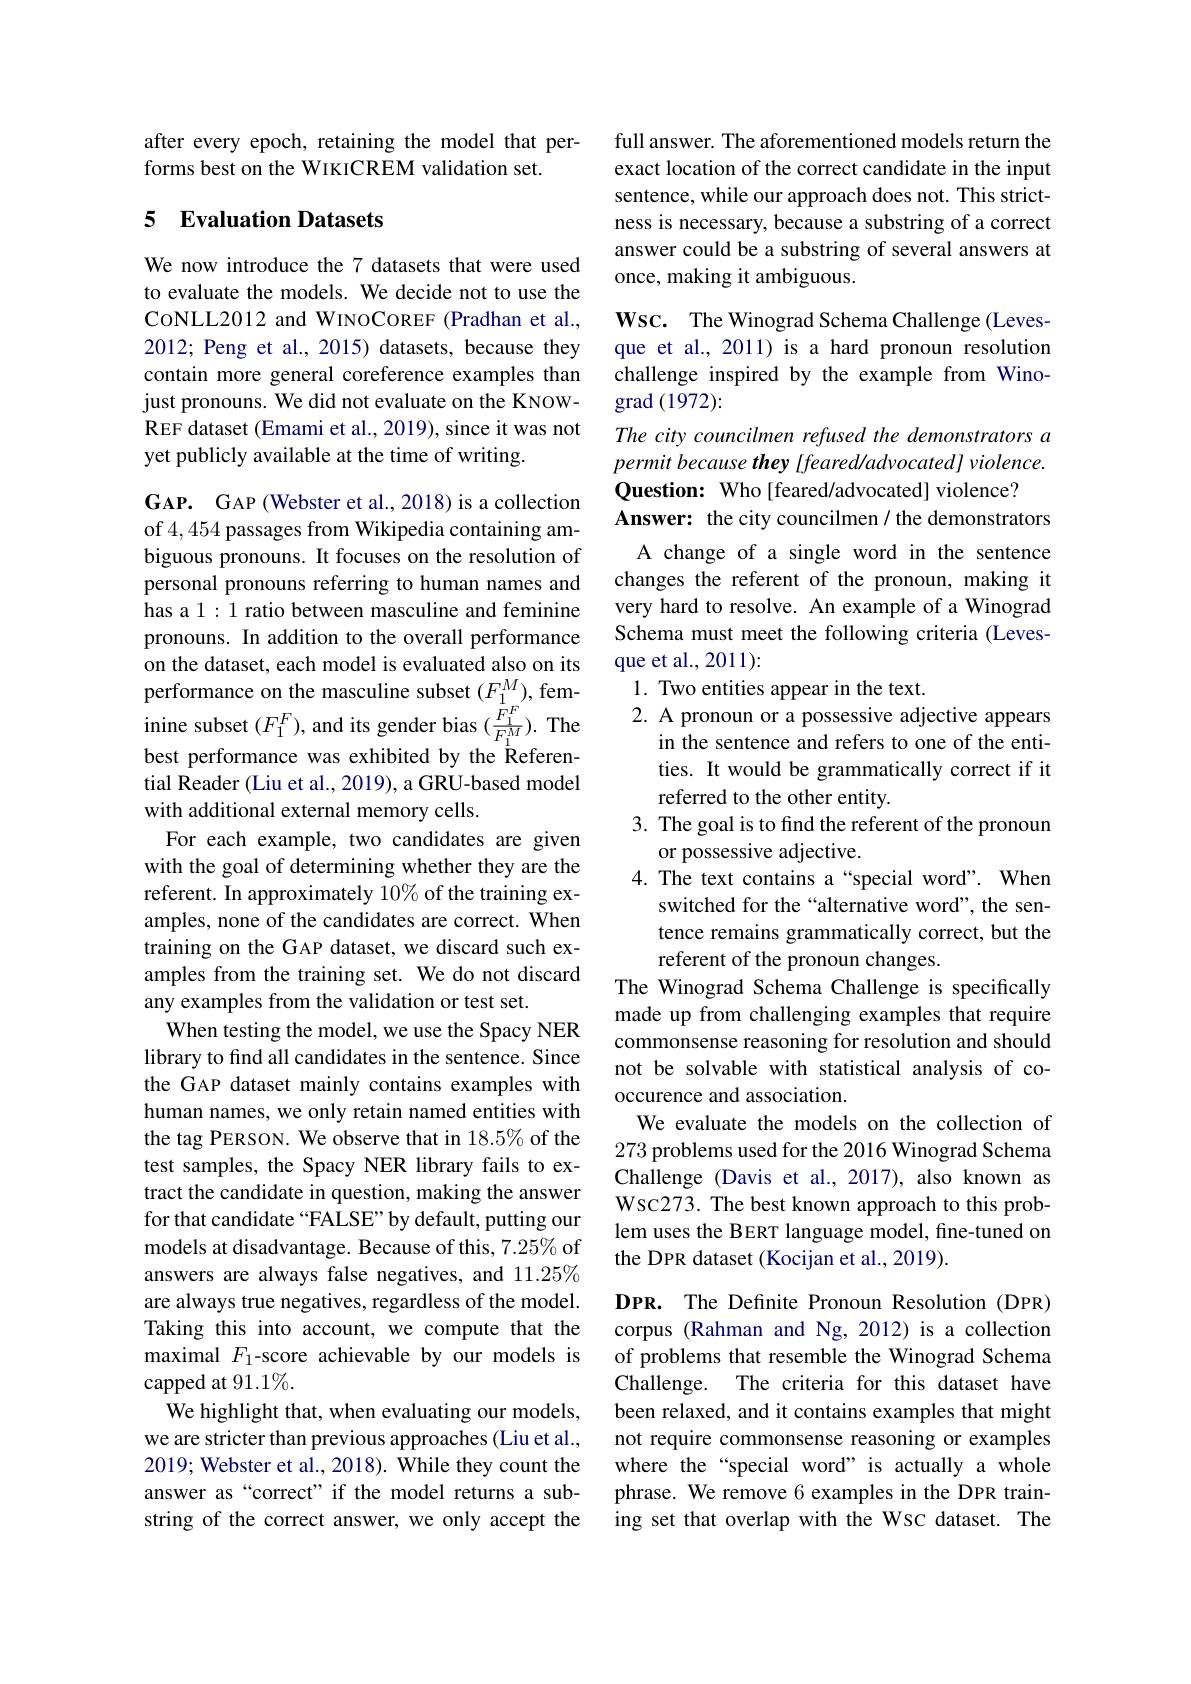
after every epoch, retaining the model that per-
forms best on the WIKICREM validation set.

## 5 Evaluation Datasets

We now introduce the 7 datasets that were used to evaluate the models. We decide not to use the CoNLL2012 and WINOCOREF (Pradhan et al., 2012; Peng et al., 2015) datasets, because they contain more general coreference examples than just pronouns. We did not evaluate on the KNOWREF dataset (Emami et al., 2019), since it was not yet publicly available at the time of writing.

$\mathbf{G}$AP. GAP (Webster et al., 2018) is a collection of 4,454 passages from Wikipedia containing ambiguous pronouns. It focuses on the resolution of personal pronouns referring to human names and has a 1 : 1 ratio between masculine and feminine pronouns. In addition to the overall performance on the dataset, each model is evaluated also on its performance on the masculine subset $(F_{1}^{M})$, feminine subset $(F_{1}^{F})$,and its gender bias $(\frac{F_{1}^{F}}{F_{1}^{M}}).$The best performance was exhibited by the Referential Reader (Liu et al., 2019), a GRU-based model with additional external memory cells.
For each example, two candidates are given with the goal of determining whether they are the referent. In approximately 10% of the training examples, none of the candidates are correct. When training on the GAP dataset, we discard such examples from the training set. We do not discard any examples from the validation or test set.
When testing the model, we use the Spacy NER library to find all candidates in the sentence. Since the GAP dataset mainly contains examples with human names, we only retain named entities with the tag PERSON. We observe that in 18.5% of the test samples, the Spacy NER library fails to extract the candidate in question, making the answer for that candidate “FALSE”by default, putting our models at disadvantage. Because of this, 7.25% of answers are always false negatives, and 11.25% are always true negatives, regardless of the model. Taking this into account, we compute that the maximal $F_1$-score achievable by our models is capped at 91.1%.
We highlight that, when evaluating our models, we are stricter than previous approaches (Liu et al., 2019; Webster et al., 2018). While they count the answer as“correct" if the model returns a substring of the correct answer, we only accept the

full answer. The aforementioned models return the exact location of the correct candidate in the input sentence, while our approach does not. This strictness is necessary, because a substring of a correct answer could be a substring of several answers at once, making it ambiguous.

Wsc. The Winograd Schema Challenge (Levesque et al., 2011) is a hard pronoun resolution challenge inspired by the example from Winograd (1972):
The city councilmen refused the demonstrators a permit because they [feared/advocated] violence. Question: Who[feared/advocated] violence?
Answer: the city councilmen / the demonstrators
A change of a single word in the sentence changes the referent of the pronoun, making it very hard to resolve. An example of a Winograd Schema must meet the following criteria (Levesque et al., 2011):
1. Two entities appear in the text.
2. A pronoun or a possessive adjective appears
in the sentence and refers to one of the entities. It would be grammatically correct if it referred to the other entity.
3. The goal is to find the referent of the pronoun
or possessive adjective.
4. The text contains a“special word”. When
switched for the“alternative word”, the sentence remains grammatically correct, but the referent of the pronoun changes.
The Winograd Schema Challenge is specifically made up from challenging examples that require commonsense reasoning for resolution and should not be solvable with statistical analysis of cooccurence and association.
We evaluate the models on the collection of 273 problems used for the 2016 Winograd Schema Challenge (Davis et al.,2017), also known as Wsc273. The best known approach to this problem uses the BERT language model, fine-tuned on the DPR dataset (Kocijan et al., 2019).
DPR. The Definite Pronoun Resolution (DPR) corpus (Rahman and Ng,2012) is a collection of problems that resemble the Winograd Schema Challenge. The criteria for this dataset have been relaxed, and it contains examples that might not require commonsense reasoning or examples where the “special word” is actually a whole phrase. We remove 6 examples in the DPR training set that overlap with the WSC dataset. The